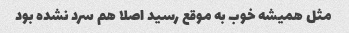
مثل همیشه خوب به موقع رسید اصلا هم سرد نشده بود